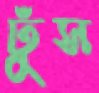
ঢুঁস